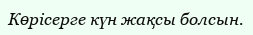
Көрісерге күн жақсы болсын.